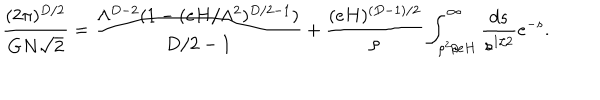
\frac { ( 2 \pi ) ^ { D / 2 } } { G N \sqrt { 2 } } = \frac { \Lambda ^ { D - 2 } ( 1 - ( e H / \Lambda ^ { 2 } ) ^ { D / 2 - 1 } ) } { D / 2 - 1 } + \frac { ( e H ) ^ { ( D - 1 ) / 2 } } { \rho } \int _ { \rho ^ { 2 } / e H } ^ { \infty } \frac { d s } { s ^ { 1 / 2 } } e ^ { - s } .